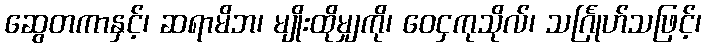
ဆွေတကာနှင့်၊ ဆရာမိဘ၊ မျိုးထိုမျှကို၊ ဝေငှကုသိုလ်၊ သင်္ဂြုဟ်သဖြင့်၊